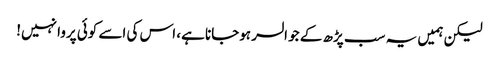
لیکن ہمیں یہ سب پڑھ کے جو السر ہوجانا ہے، اس کی اسے کوئی پروا نہیں!